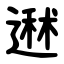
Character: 䢤